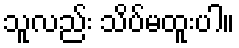
သူလည်း သိပ်မထူးပါ။